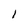
Character: 1